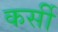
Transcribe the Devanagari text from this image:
कर्सी